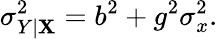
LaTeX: \sigma_{Y\mid\mathbf{X}}^{2}=b^{2}+g^{2}\sigma_{x}^{2}.